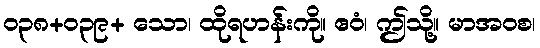
ဝ၃၈+၀၃၉+ သော၊ ထိုရဟန်းကို။ ဧဝံ၊ ဤသို့။ မာအဝစ၊